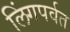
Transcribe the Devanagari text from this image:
लिंगपर्वत